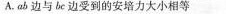
A. ab边与bc边受到的安培力大小相等